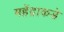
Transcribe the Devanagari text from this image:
महेंद्राकडे